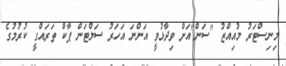
މިނިސްޓަރު މުއިއްޒު "ސަން"އަށް ވިދާޅުވީ އަންނަ އަހަރު ސަލްޓަން ޕާކް ތަރައްގީ ކުރުމުގެ